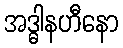
အဒ္ဓါနဟီနော